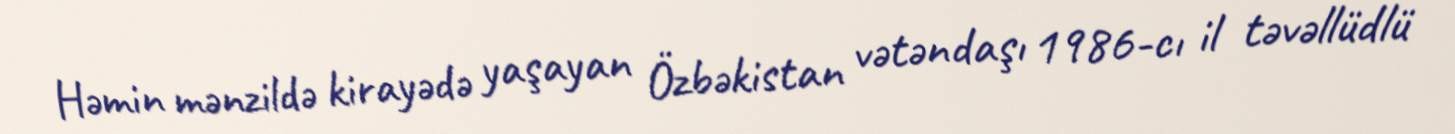
Həmin mənzildə kirayədə yaşayan Özbəkistan vətəndaşı 1986-cı il təvəllüdlü